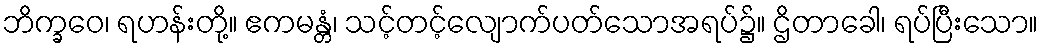
ဘိက္ခဝေ၊ ရဟန်းတို့။ ဧကမန္တံ၊ သင့်တင့်လျောက်ပတ်သောအရပ်၌။ ဌိတာခေါ၊ ရပ်ပြီးသော။